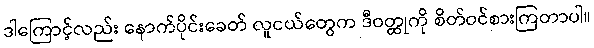
ဒါကြောင့်လည်း နောက်ပိုင်းခေတ် လူငယ်တွေက ဒီဝတ္ထုကို စိတ်ဝင်စားကြတာပါ။